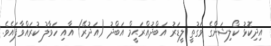
އިދިކޮޅު ކޯލިޝަންގެ ވަގުތީ ލީޑަރު އަބްދުއްރަޙީމް އަބްދު (އަދުރޭ) އާއި ހަވާލު ކުރައްވާފައެވެ.